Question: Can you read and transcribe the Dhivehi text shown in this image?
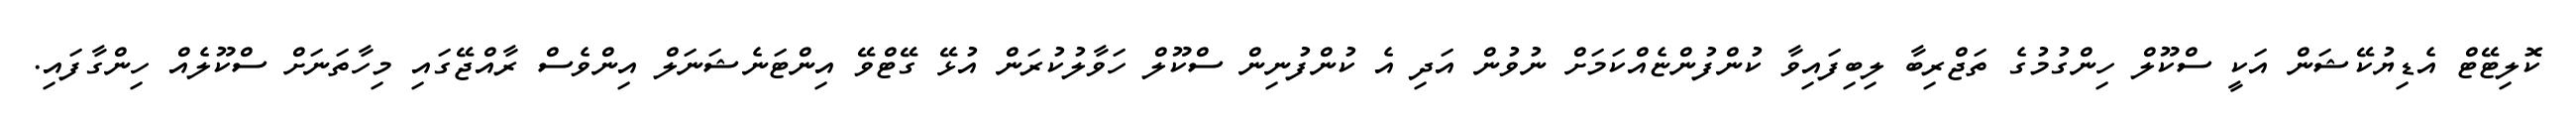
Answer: ކޮލިޓޭޓް އެޑިޔުކޭޝަން އަކީ ސްކޫލް ހިންގުމުގެ ތަޖްރިބާ ލިބިފައިވާ ކުންފުންޏެއްކަމަށް ނުވުން އަދި އެ ކުންފުނިން ސްކޫލް ހަވާލުކުރަން އުޅޭ ގޭޓްވޭ އިންޓަނެޝަނަލް އިންވެސް ރާއްޖޭގައި މިހާތަނަށް ސްކޫލެއް ހިންގާފައި.